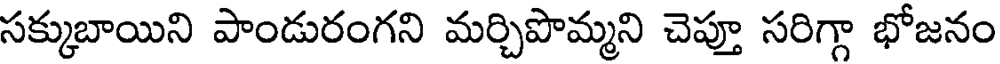
సక్కుబాయిని పాండురంగని మర్చిపొమ్మని చెప్తూ సరిగ్గా భోజనం